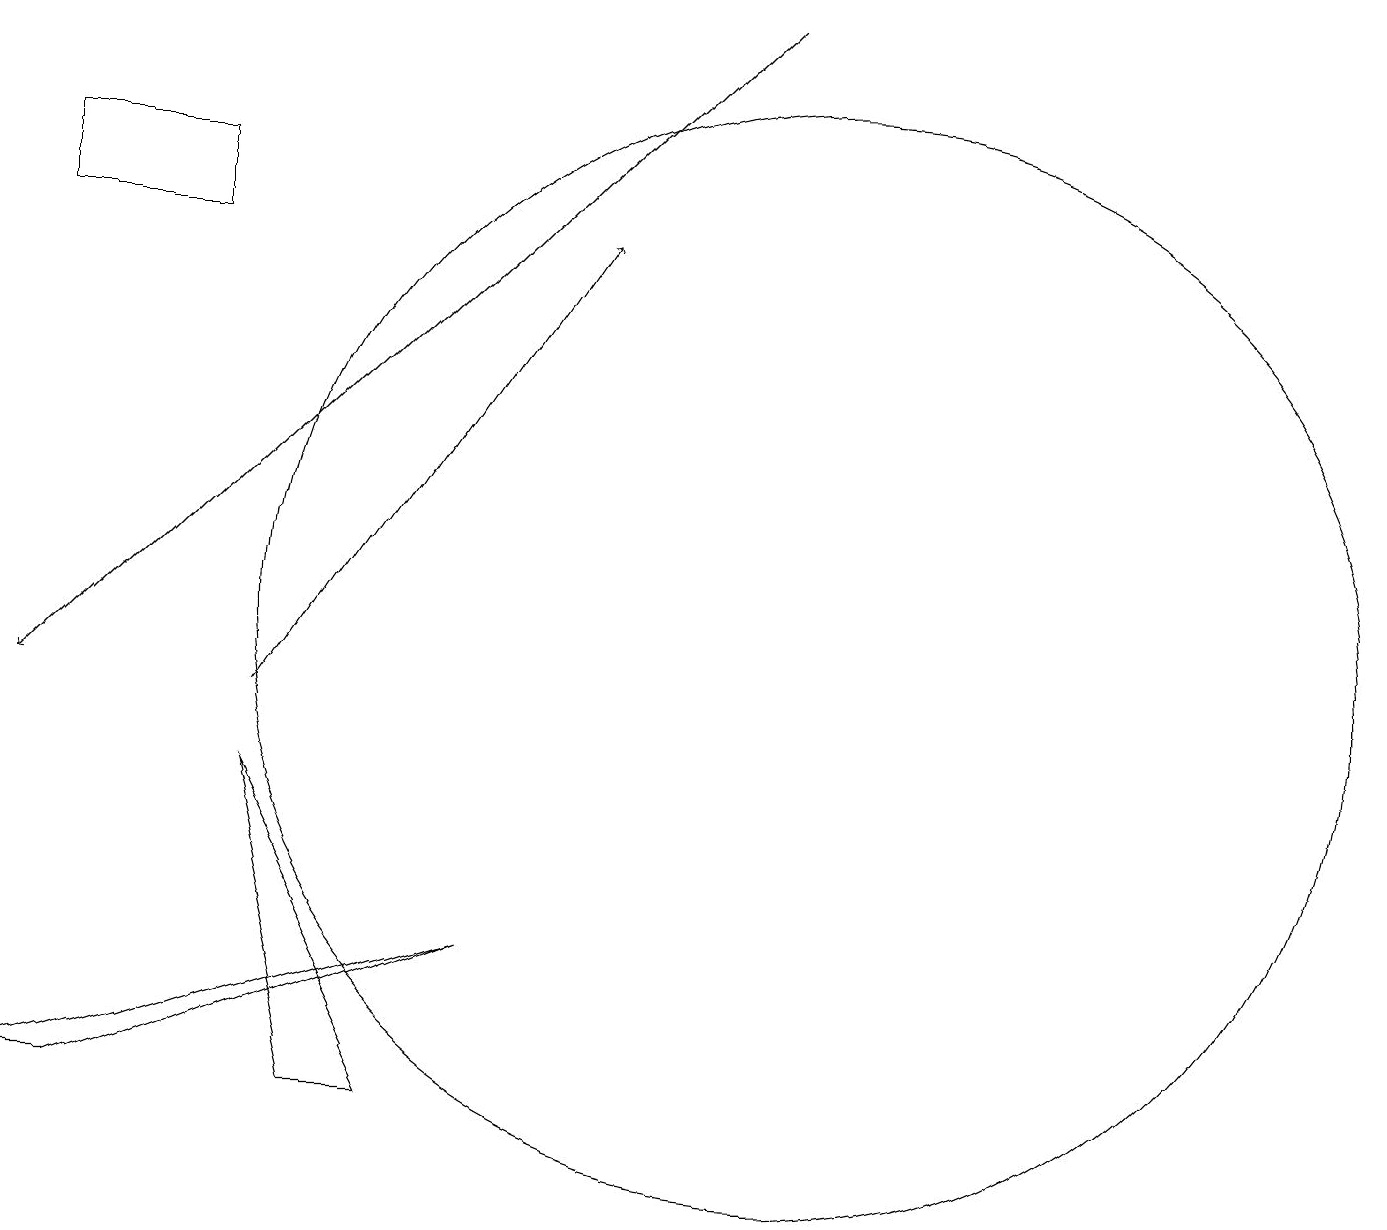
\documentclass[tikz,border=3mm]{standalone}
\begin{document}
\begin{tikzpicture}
\draw (3,9) -- (5,5) -- (4,5) -- cycle;
\draw[->] (9,19) -- (0,10);
\draw[->] (3,10) -- (7,16);
\draw (0,17) rectangle (2,16);
\draw (1,5) -- (6,7) -- (0,5) -- cycle;
\draw (10,11) circle (7);
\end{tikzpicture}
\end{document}